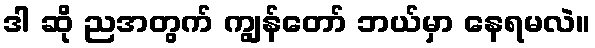
ဒါ ဆို ညအတွက် ကျွန်တော် ဘယ်မှာ နေရမလဲ။